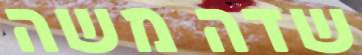
שדה משה